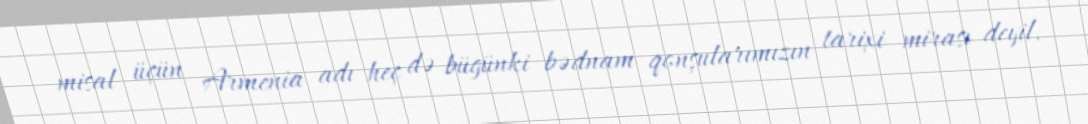
misal üçün Armenia adı heç də bügünki bədnam qonşularımızın tarixi mirası deyil.